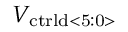
V _ { \mathrm { \mathrm { c t r l d } < 5 : 0 > } }